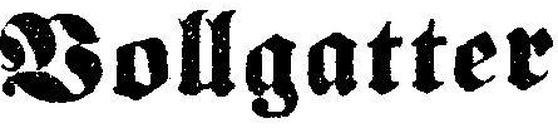
Vollgatter